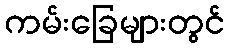
ကမ်းခြေများတွင်